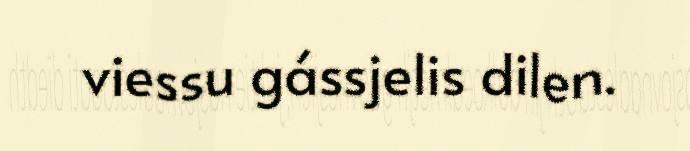
viessu gássjelis dilen.